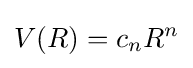
V(R)=c_{n}R^{n}